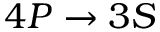
4 P \rightarrow 3 S